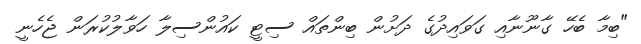
"ބިމާ ބެހޭ ގާނޫނާއި ގަވައިދުގެ ދަށުން ބިންތައް ސިޓީ ކައުންސިލާ ހަވާލުކުރަން ޖެހެނީ